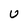
Character: U